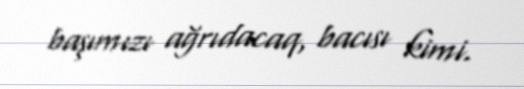
başımızı ağrıdacaq, bacısı kimi.